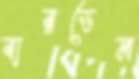
বারডেম